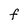
Character: f